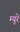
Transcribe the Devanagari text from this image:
म्‍युरे